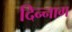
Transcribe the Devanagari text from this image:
दिन्नाग